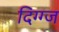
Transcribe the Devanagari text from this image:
दिग्ग्ज